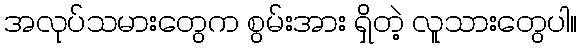
အလုပ်သမားတွေက စွမ်းအား ရှိတဲ့ လူသားတွေပါ။